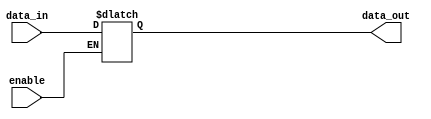
module buffer_with_enable (
    input wire enable,
    input wire data_in,
    output reg data_out
);

always @ (enable, data_in)
begin
    if (enable)
        data_out <= data_in;
    else
        data_out <= data_out;
end

endmodule